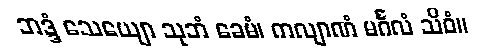
ဘဒ္ဒံ သေယျော သုဘံ ခေမံ၊ ကလျာဏံ မင်္ဂလံ သိဝံ။